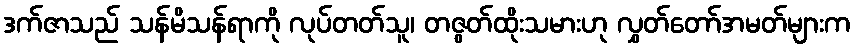
ဒက်ဇာသည် သန်မိသန်ရာကို လုပ်တတ်သူ၊ တဇွတ်ထိုးသမားဟု လွှတ်တော်အမတ်များက